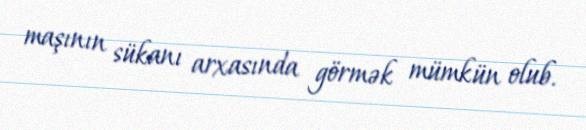
maşının sükanı arxasında görmək mümkün olub.